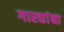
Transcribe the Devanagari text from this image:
गारद्यांचा